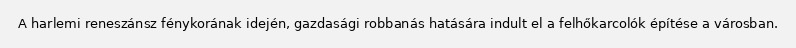
A harlemi reneszánsz fénykorának idején, gazdasági robbanás hatására indult el a felhőkarcolók építése a városban.